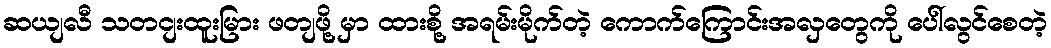
ဆယျလီ သတငျးထူးမြား ဖတျဖို့ မှာ ထားစို့ အရမ်းမိုက်တဲ့ ကောက်ကြောင်းအလှတွေကို ပေါ်လွင်စေတဲ့